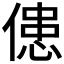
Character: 𠌼